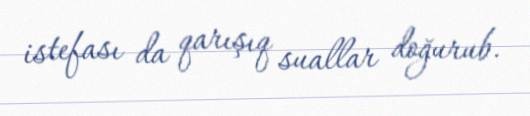
istefası da qarışıq suallar doğurub.